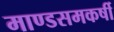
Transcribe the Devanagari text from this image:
माण्डसमकर्षी